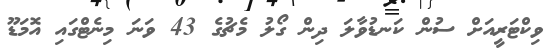
ވިކްޓަރީއަށް ސުން ކަނޑުވާލަ ދިން ގޯލު މެޗުގެ 43 ވަނަ މިނެޓްގައި އޮމަޑޫ